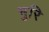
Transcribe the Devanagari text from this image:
भुरि